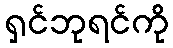
ရှင်ဘုရင်ကို